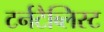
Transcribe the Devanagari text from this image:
टर्नटैब्लिस्ट